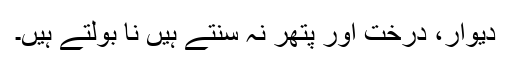
دیوار، درخت اور پتھر نہ سنتے ہیں نا بولتے ہیں۔